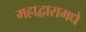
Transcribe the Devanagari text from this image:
महाद्वारामधे